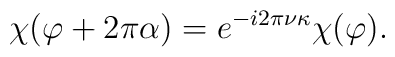
\chi(\varphi +2\pi\alpha)= e^{-i2\pi\nu\kappa}\chi(\varphi).